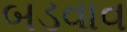
બડવાવ